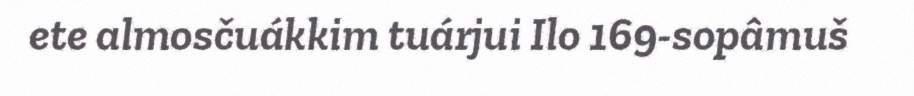
ete almosčuákkim tuárjui Ilo 169-sopâmuš